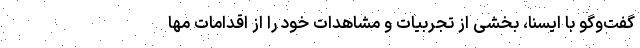
گفت‌وگو با ایسنا، بخشی از تجربیات و مشاهدات خود را از اقدامات مها